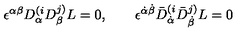
\epsilon ^ { \alpha \beta } D _ { \alpha } ^ { ( i } D _ { \beta } ^ { j ) } L = 0 , \qquad \epsilon ^ { \dot { \alpha } \dot { \beta } } \bar { D } _ { \dot { \alpha } } ^ { ( i } \bar { D } _ { \dot { \beta } } ^ { j ) } L = 0